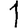
Digit: 1